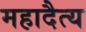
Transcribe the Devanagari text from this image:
महादैत्य